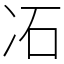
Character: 㓈